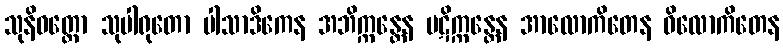
သုနိဝတ္ထော သုပါရုတော ပါသာဒိကေန အဘိက္ကန္တေန ပဋိက္ကန္တေန အာလောကိတေန ဝိလောကိတေန